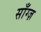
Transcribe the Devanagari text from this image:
साँग्ज़